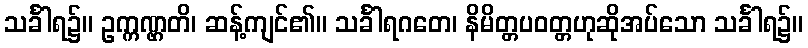
သင်္ခါရ၌။ ဥက္ကဏ္ဌတိ၊ ဆန့်ကျင်၏။ သင်္ခါရဂတေ၊ နိမိတ္တပဝတ္တဟုဆိုအပ်သော သင်္ခါရ၌။